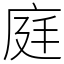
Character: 𨓍